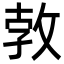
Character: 㪍